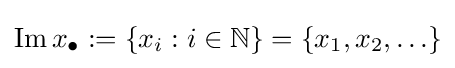
\operatorname {Im} x_{\bullet }:=\left\{x_{i}:i\in \mathbb {N} \right\}=\left\{x_{1},x_{2},\ldots \right\}